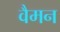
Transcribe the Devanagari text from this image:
वैमन